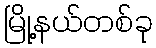
မြို့နယ်တစ်ခု